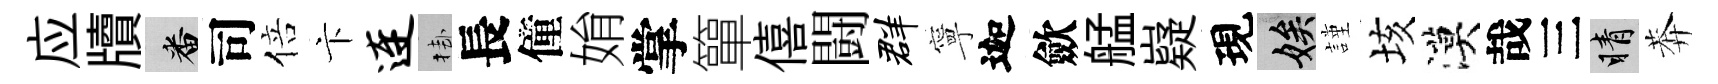
应牘番司倍卞连挂長僮姢掌簞僖闘群寧迦歛艋嶷現娭謹垓漠哉三睛莾